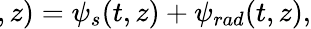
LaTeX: \begin{array}{r}{\! \! \! \! \! \! \! \! \! \psi(t,z)=\psi_{s}(t,z)+\psi_{rad}(t,z),}\end{array}